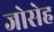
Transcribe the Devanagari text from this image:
जोसेह